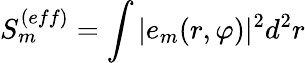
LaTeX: S_{m}^{(eff)}=\int|e_{m}(r,\varphi)|^{2}d^{2}r